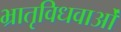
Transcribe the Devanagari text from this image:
भ्रातृविधवाओं